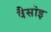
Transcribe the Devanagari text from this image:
वैसोइ